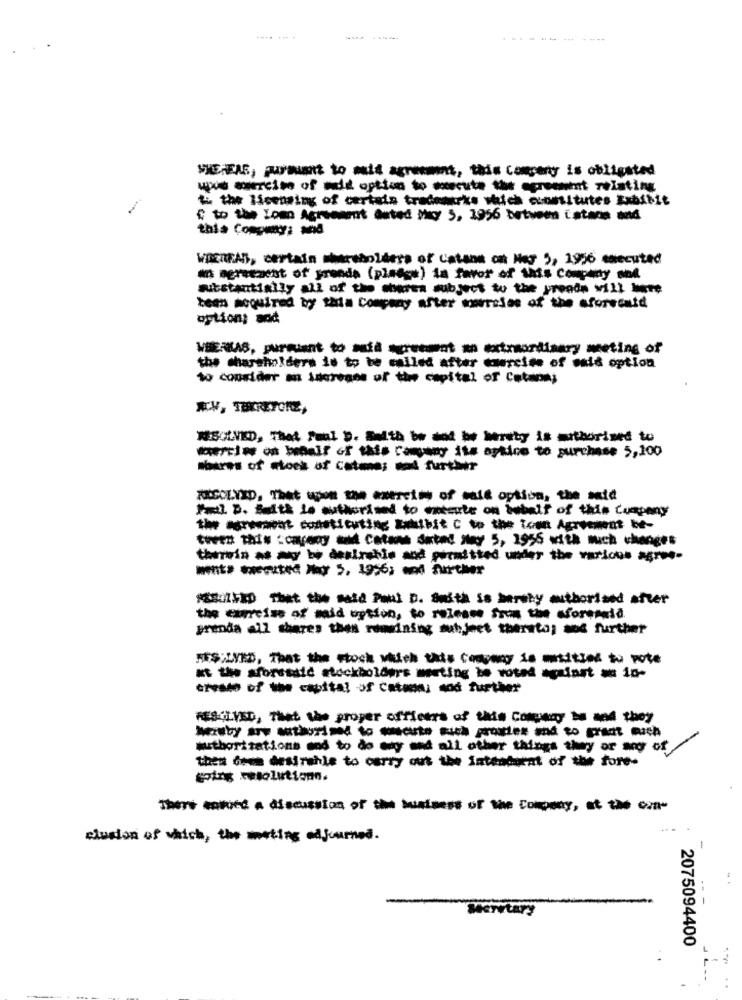
.... ... .
.---
-- -- ----
WHEREAS, pursuant to mais agreement, this company is obligated
to the licensing of certain trademarks which costitutes Exhibit
C to the Lom Agreement auted Moy 5, 1956 between Catane and
this Company: and
WHEREAS, certain shareholders of Catane on Nor 5, 1956 executed
an agreement of prende (pledge) in favor of this Company and
substantially all of the shorea subject to the prenda will hte
teen acquired by thla Company after morelos of the aforeentd
option; and
WEERKAS, pursuant to aufà screent an extraordinary meting of
the shareholders is to be called after tuercise of said option
to coordder an increase of the capital of Cuteons
RESOLVED, That Faal D. Saith be and be hereby is authorized to
-- - benair of this Company its aptico to purchase 5,100
-SOLID. Thet-we ezerctm of mate option, the mute
Il D. Math Je authorised to ontete on webelf of this Company
the agrement constituting subit c tothe
tween this :cayeny w Catans deted Ney 5, 1955 with much changes
therein as a be desirehis and permitted under the various ars-
Melito that the said Paul D. Swith is hereby authorised after
prenda all shares then rowwining subjeet thereto; and further
FES:LVED, That the stock which this Company is mitted to vote
at the sforsaid stockholders meeting be voted against = in-
ervado of the capital of Catoni sod further
RESOLVED, That the proper officers of this Company te and they
authorizations end to do any and all other things they or woo of
then des desirehle to carry out the intenduent of the fore-
There ented a discussion of the business of the Company, at the can-
clusion of which, the meeting adjourned.
-
Merwtary
2075094400